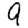
Digit: 9